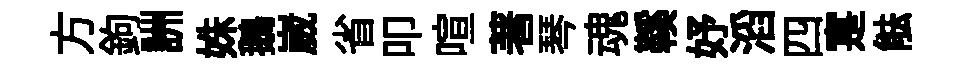
方鉤詶姝鵝崴省叩喧著琴魂鞵妤滔四寔䏻